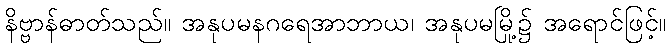
နိဗ္ဗာန်ဓာတ်သည်။ အနုပမနဂရေအာဘာယ၊ အနုပမမြို့၌ အရောင်ဖြင့်။